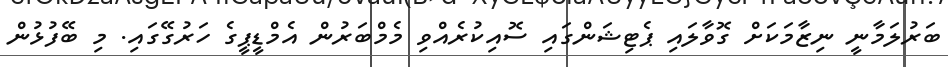
ބަރުލަމާނީ ނިޒާމަކަށް ގޮވާލައި ޕެޓިޝަންގައި ސޮއިކުރެއްވި މެމްބަރުން އެމްޑީޕީގެ ހަރުގޭގައި. މި ބޭފުޅުން